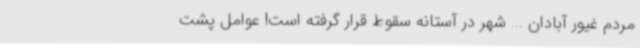
مردم غیور آبادان ... شهر در آستانه سقوط قرار گرفته است! عوامل پشت